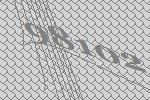
98102